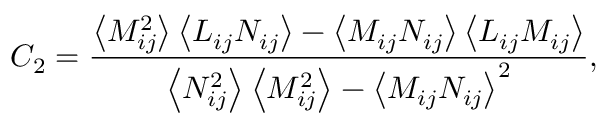
\quad { C _ { 2 } } = \frac { { \left\langle { M _ { i j } ^ { 2 } } \right\rangle \left\langle { { L } _ { i j } { N _ { i j } } } \right\rangle - \left\langle { { M _ { i j } } { N _ { i j } } } \right\rangle \left\langle { { L } _ { i j } { M _ { i j } } } \right\rangle } } { { \left\langle { N _ { i j } ^ { 2 } } \right\rangle \left\langle { M _ { i j } ^ { 2 } } \right\rangle - { { \left\langle { { M _ { i j } } { N _ { i j } } } \right\rangle } ^ { 2 } } } } ,